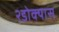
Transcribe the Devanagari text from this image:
२डोक्यास